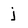
Character: j